Malaria in the Duars
Disease focus: Malaria
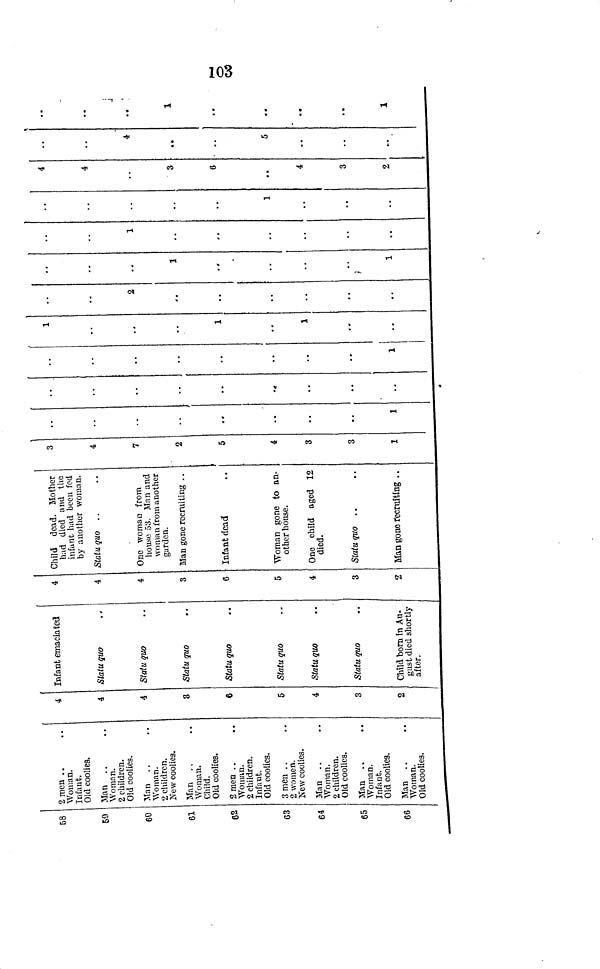
103
58
59
60
61
62
63
64
65
66
2 men
Woman.
Infant.
Old coolies.
Man
.
Woman.
2 children.
Old coolies.
Man
Woman.
2 children.
New coolies.
Man
Woman.
Child.
Old coolies.
2 men
Woman.
2 children.
Infant.
Old coolies.
3 men
2 women.
New coolies.
Man
Woman.
2 children.
Old coolies.
Man
Woman.
Infant.
Old coolies.
Man
Woman.
Old coolies.
4
4
4
3
6
5
4
3
2
I
Infant emaciated
Statu quo
Statu quo
Statu quo
Statu quo
Statu quo
Statu quo
Statu quo
Child born In Au-
gust died shortly
after.
4
4
4
3
6
5
4
3
2
Child dead. Mother
had died and the
infant had been fed
by another woman.
Statu quo
One woman from
house 53. Man and
woman from another
garden.
Man gone recruiting . .
Infant dead
Woman gone to an-
other house.
One child aged 12
died.
Statu quo ..
Man gone recruiting ..
3
4
7
2
5
4
3
3
1
..
1
.
..
..
1
1
..
1
1
2
. .
. .
..
..
1
,,
1
1
••
1
4
4
3
6
. .
4
3
2
4
..
5
.. '
1
..
..
..
..
1